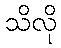
သိလို